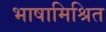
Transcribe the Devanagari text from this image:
भाषामिश्रित